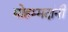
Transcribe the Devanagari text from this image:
मोहम्मदांनी